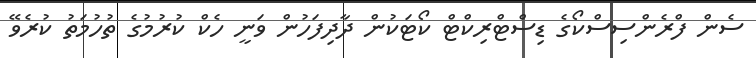
ސެން ފްރެންސިސްކޯގެ ޑިސްޓްރިކްޓް ކޯޓަކުން ދާދިފަހުން ވަނީ ހެކް ކުރުމުގެ ތުހުމަތު ކުރެވޭ